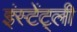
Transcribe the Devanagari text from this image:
इंस्टेंट्ली